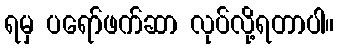
ရမှ ပရော်ဖက်ဆာ လုပ်လို့ရတာပါ။